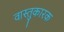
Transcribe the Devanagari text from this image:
वास्तुकारक